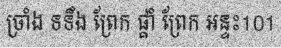
ច្រាំង ទទឹង ព្រែក ផ្គាំ ព្រែក អន្ទះ101